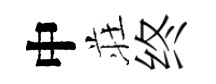
中荘终